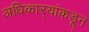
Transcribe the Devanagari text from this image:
अधिकार्‍यांकडून